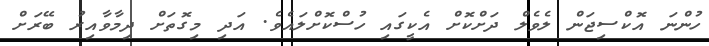
ހުންނަ އޮކްސިޖަން ލެވެލް ދަށްކޮށް އެކީގައި ހުސްކޮށްލައެވެ. އަދި މިގޮތަށް ދިމާވާއިރު ބޭރަށް